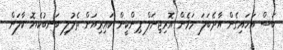
ބަސް އަހައިގެން އާދެބަލަ މަމެން އޮރިޖިނަލް ޕިންކީން ކައިރިއަށް ތެލުލި ބަނބުކެޔޮ ކާލަން